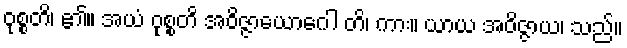
ဝုစ္စတိ၊ ၏။ အယံ ဝုစ္စတိ အဝိဇ္ဇာယောဂေါ တိ၊ ကား။ ယာယ အဝိဇ္ဇာယ၊ သည်။